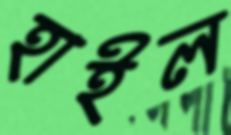
হাইল